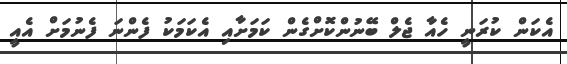
އެކަން ކުރަނީ ހެއާ ޖެލް ބޭނުންކޮށްގެން ކަމަށާއި އެކަމަކު ފެންނަ ފެނުމަށް އެއީ